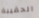
الحقيبة